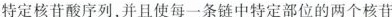
特定核苷酸序列，并且使每一条链中特定部位的两个核苷